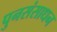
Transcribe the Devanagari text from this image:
पुनसंसाधन